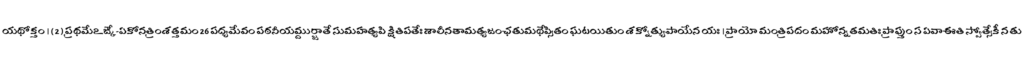
యథోక్తం । ( 2 ) ప్రథమేఽఙ్కే-ఏకోనత్రింశత్తమం 26 పద్యమేవం పఠనీయమ్దుర్జాతే సుమహత్యపి క్షితిపతేః శాలీనతామత్యజంఛతుమథేప్సితం ఘటయితుం శక్నోత్యుపాయేన యః । ప్రాయో మంత్రిపదం మహోన్నతమతిః ప్రాప్తుం స ఏవాఈతి స్వోత్సేకీ న తు